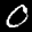
Label: 0